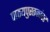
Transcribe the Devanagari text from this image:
पाठयपुस्तकांवर